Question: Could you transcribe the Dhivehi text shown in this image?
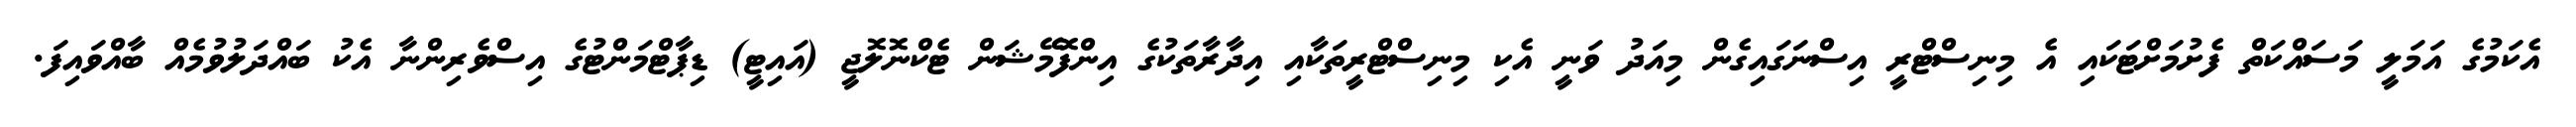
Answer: އެކަމުގެ އަމަލީ މަސައްކަތް ފެށުމަށްޓަކައި އެ މިނިސްޓްރީ އިސްނަގައިގެން މިއަދު ވަނީ އެކި މިނިސްޓްރީތަކާއި އިދާރާތަކުގެ އިންފޮމޭޝަން ޓެކްނޮލޮޖީ (އައިޓީ) ޑިޕާޓްމަންޓުގެ އިސްވެރިންނާ އެކު ބައްދަލުވުމެއް ބާއްވައިފަ.